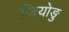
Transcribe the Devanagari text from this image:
जियोङु